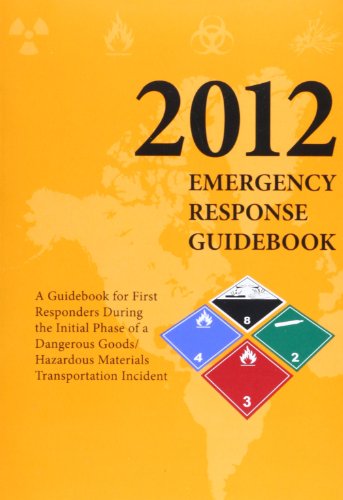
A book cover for Emergency Reponse Guidebook: A Guidebook for First Repsonders During the Initial Phase of a Dangerous Goods/Hazardous Materials Transporation Incid; Reference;